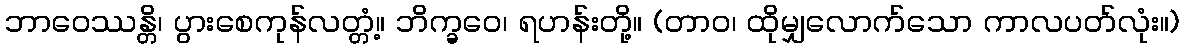
ဘာဝေဿန္တိ၊ ပွားစေကုန်လတ္တံ့။ ဘိက္ခဝေ၊ ရဟန်းတို့။ (တာဝ၊ ထိုမျှလောက်သော ကာလပတ်လုံး။)